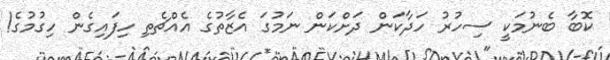
ކޮބާ ބެނުމަކީ ސިހުރު ހަދާކަން ދަށްކަން ނަމުގަ އެޒާތުގެ އެއްޗެތި ހިފައިގެން ހިގުމުގެ!